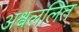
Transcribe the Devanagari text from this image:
अश्वललित